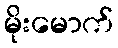
မိုးမောက်